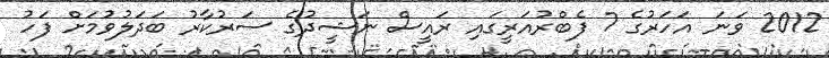
2012 ވަނަ އަހަރުގެ 7 ފެބްރުއަރީގައި ރައީސް ނަޝީދުގެ ސަރުކާރު ބަދަލުވުމަށް ފަހު